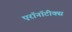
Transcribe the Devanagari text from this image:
एरॉनॉटीक्स